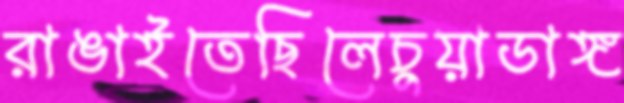
রাঙাইতেছিলেচুয়াডাঙ্গ